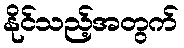
နိုင်သည့်အတွက်